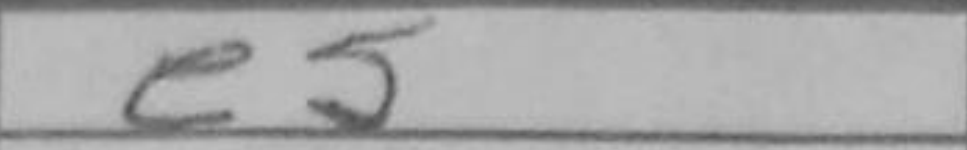
Transcription: e5